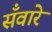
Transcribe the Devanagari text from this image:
सँवारे